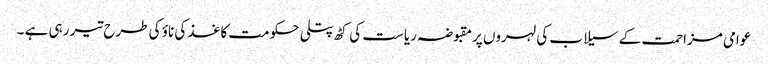
عوامی مزاحمت کے سیلاب کی لہروں پرمقبوضہ ریاست کی کٹھ پتلی حکومت کاغذ کی ناؤ کی طرح تیر رہی ہے ۔